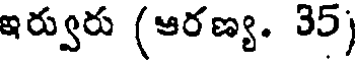
ఇర్వురు (ఆరణ్య. 35)